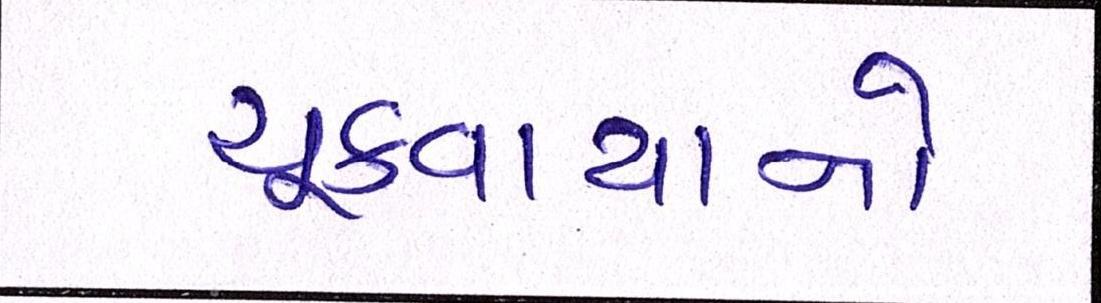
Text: ચૂકવાયાનો